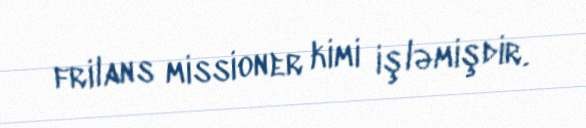
frilans missioner kimi işləmişdir.